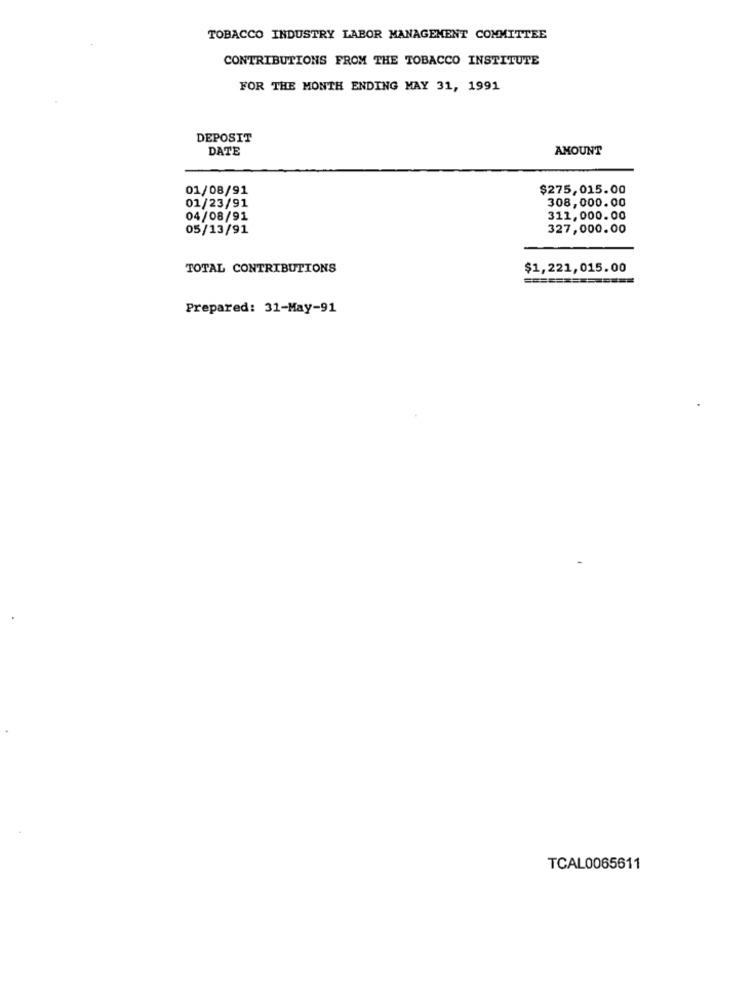
TOBACCO INDUSTRY LABOR MANAGEMENT COMMITTEE
CONTRIBUTIONS FROM THE TOBACCO INSTITUTE
FOR THE MONTH ENDING MAY 31, 1991
DEPOSIT
DATE
AMOUNT
01/08/91
$275,015.00
01/23/91
308,000.00
04/08/91
311,000.00
05/13/91
327,000.00
TOTAL CONTRIBUTIONS
$1,221,015.00
==============
Prepared: 31-May-91
TCAL0065611